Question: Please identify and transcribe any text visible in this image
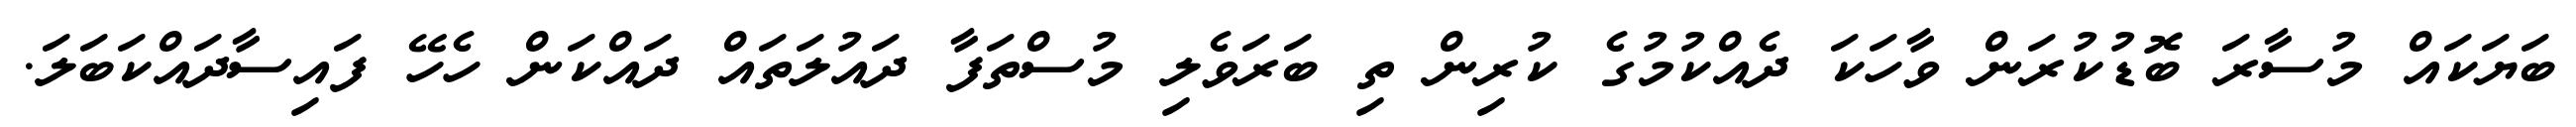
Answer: ބަޔަކައް މުސާރަ ބޮޑުކުރަން ވާހަކަ ދެއްކުމުގެ ކުރިން ތި ބަރަވެލި މުސްތަފާ ދައުލަތައް ދައްކަން ހެހޭ ފައިސާދައްކަބަލަ.